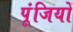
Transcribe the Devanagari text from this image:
पूंजियों